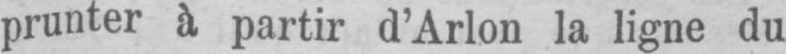
prunter à partir d’Arlon la ligne du